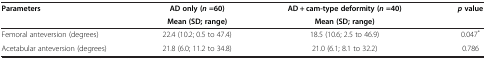
| <ROWSPAN=2> Parameters | AD only (n=60) | AD + cam-type deformity (n=40) | <ROWSPAN=2> pvalue |
 | Mean (SD; range) | Mean (SD; range) |
 | --- | --- | --- | --- |
 | Femoral anteversion (degrees) | 22.4 (10.2; 0.5 to 47.4) | 18.5 (10.6; 2.5 to 46.9) | 0.047* |
 | Acetabular anteversion (degrees) | 21.8 (6.0; 11.2 to 34.8) | 21.0 (6.1; 8.1 to 32.2) | 0.786 |